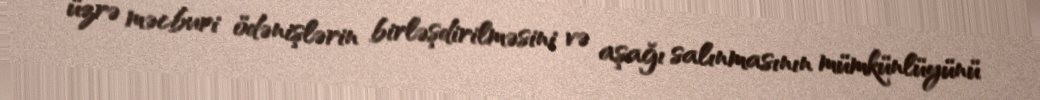
üzrə məcburi ödənişlərin birləşdirilməsini və aşağı salınmasının mümkünlüyünü